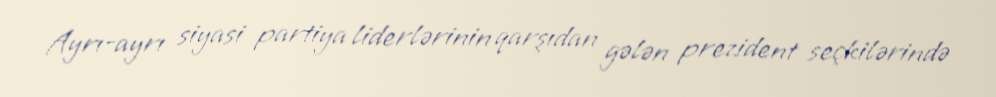
Ayrı-ayrı siyasi partiya liderlərinin qarşıdan gələn prezident seçkilərində